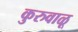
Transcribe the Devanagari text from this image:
कुरुवाळू